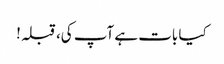
کیا بات ہے آپ کی، قبلہ!